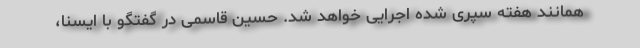
همانند هفته سپری شده اجرایی خواهد شد. حسین قاسمی در گفتگو با ایسنا،